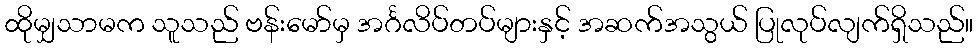
ထိုမျှသာမက သူသည် ဗန်းမော်မှ အင်္ဂလိပ်တပ်များနှင့် အဆက်အသွယ် ပြုလုပ်လျက်ရှိသည်။